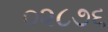
૦૨૮૭૬